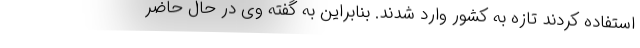
استفاده کردند تازه به کشور وارد شدند. بنابراین به گفته وی در حال حاضر